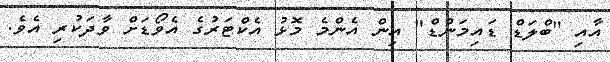
އާއި "ބްލަޑް ޑައިމަންޑް" އިން އެންމެ މޮޅު އެކްޓަރުގެ އެވޯޑަށް ވާދަކުރި އެވެ.